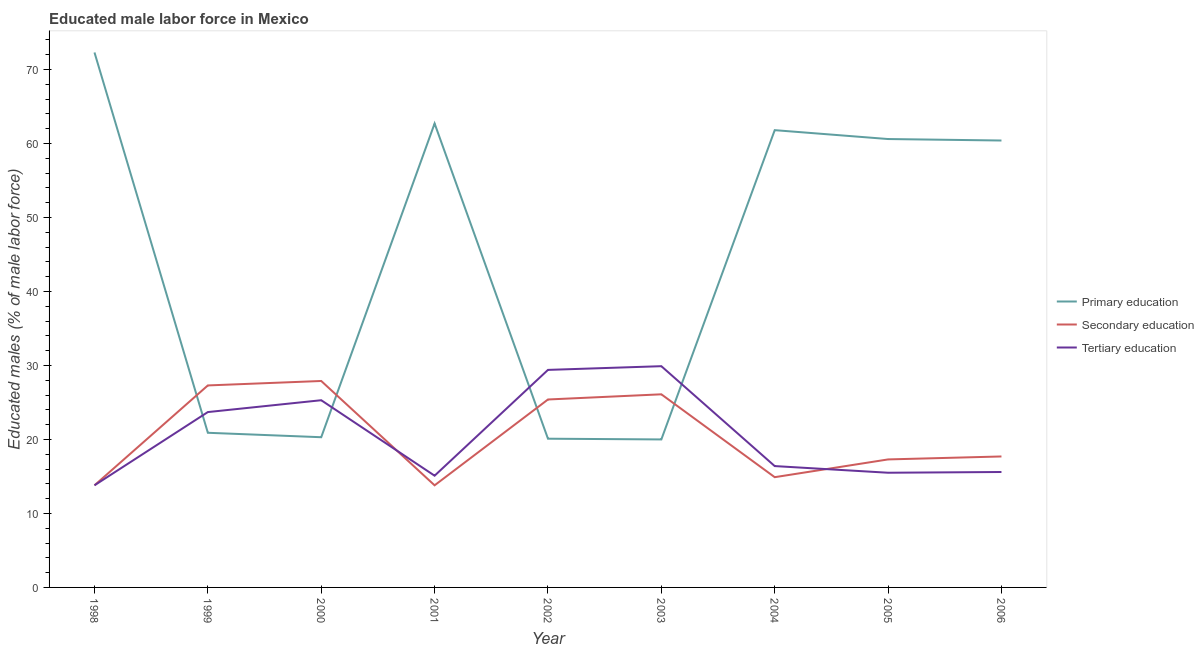
| Year | Primary education | Secondary education | Tertiary education |
 | --- | --- | --- | --- |
 | 1998 | 72.3 | 13.8 | 13.8 |
 | 1999 | 20.9 | 27.3 | 23.7 |
 | 2000 | 20.3 | 27.9 | 25.3 |
 | 2001 | 62.7 | 13.8 | 15.1 |
 | 2002 | 20.1 | 25.4 | 29.4 |
 | 2003 | 20 | 26.1 | 29.9 |
 | 2004 | 61.8 | 14.9 | 16.4 |
 | 2005 | 60.6 | 17.3 | 15.5 |
 | 2006 | 60.4 | 17.7 | 15.6 |